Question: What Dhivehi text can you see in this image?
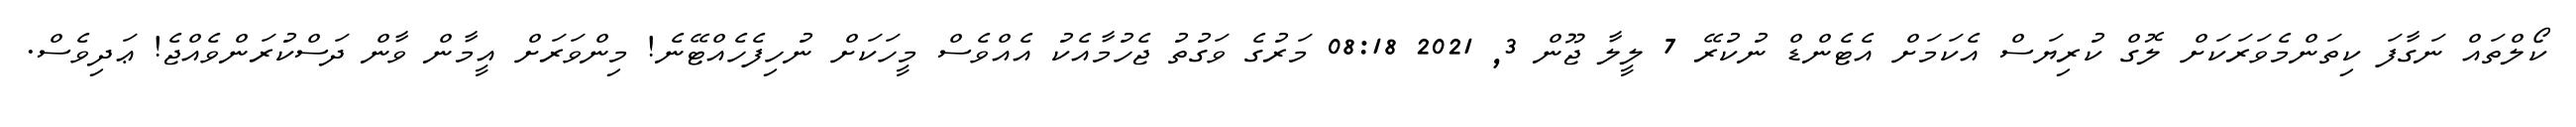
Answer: ކޯލްތައް ނަގާފަ ކިތަންމެވަރަކަށް ލޮގް ކުރިޔަސް އެކަމަށް އެޓެންޑް ނުކުރޭ 7 ލީލާ ޖޫން 3, 2021 08:18 މަރުގެ ވަގުތު ޖެހުމާއެކު އެއްވެސް މީހަކަށް ނުހިފެހެއްޓޭނެ! މިންވަރަށް އީމާން ވާން ދަސްކުރަންވެއްޖެ! ޢަދިވެސް.